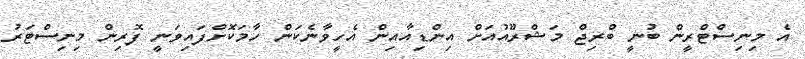
އެ މިނިސްޓްރީން ބުނީ ބްރިޖް މަޝްރޫއުއަށް އިންޑިއާއިން އެހީވާނެކަން ހާމަކޮށްފައިވަނީ ފޮރިން މިނިސްޓަރު